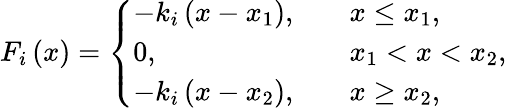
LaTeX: F_{i}\left(x\right)=\left\{ \begin{array}{ll}{-k_{i}\left(x-x_{1}\right),}&{\quad x\leq x_{1},}\\ {0,}&{\quad x_{1}<x<x_{2},}\\ {-k_{i}\left(x-x_{2}\right),}&{\quad x\geq x_{2},}\end{array}\right.